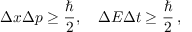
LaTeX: \Delta x \Delta p \geq { \frac { \hbar } { 2 } } , \quad \Delta E \Delta t \geq { \frac { \hbar } { 2 } } \, ,